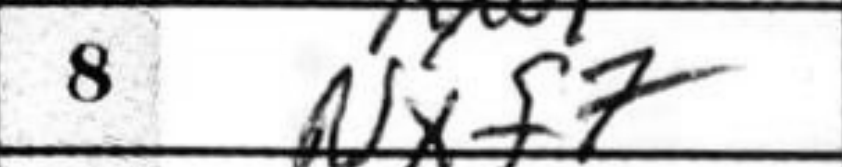
Transcription: Nxf7